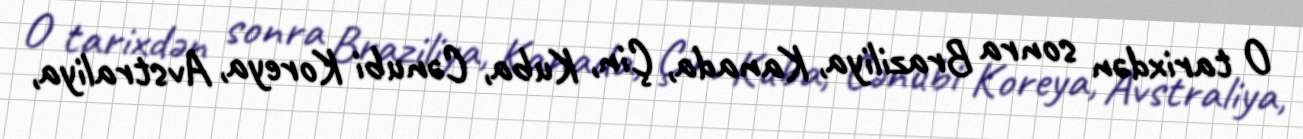
O tarixdən sonra Braziliya, Kanada, Çin, Kuba, Cənubi Koreya, Avstraliya,